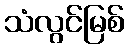
သံလွင်မြစ်